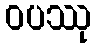
ဝပဿု